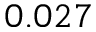
0 . 0 2 7